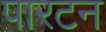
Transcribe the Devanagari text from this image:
पारटन